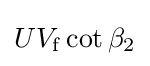
UV_{\rm {f}}\cot \beta _{\rm {2}}